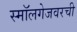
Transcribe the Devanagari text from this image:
स्मॉलगेजवरची